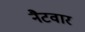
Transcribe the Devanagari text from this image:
नैटवार